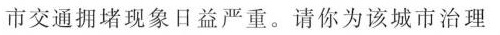
市交通拥堵现象日益严重。请你为该城市治理